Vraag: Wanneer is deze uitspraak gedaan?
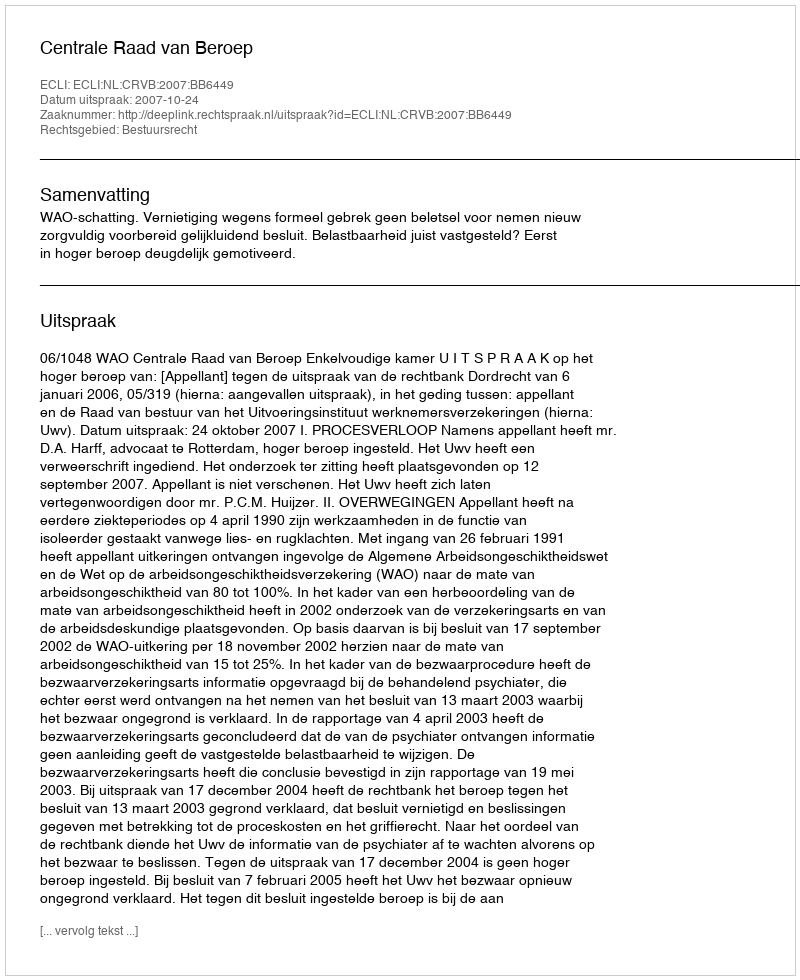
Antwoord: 2007-10-24